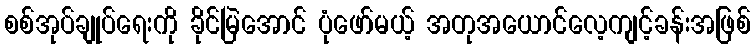
စစ်အုပ်ချုပ်ရေးကို ခိုင်မြဲအောင် ပုံဖော်မယ့် အတုအယောင်လေ့ကျင့်ခန်းအဖြစ်